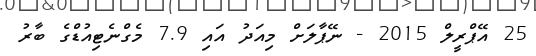
25 އޭޕްރީލް 2015 - ނޭޕާލަށް މިއަދު އައި 7.9 މެގްނެޓިއުޑްގެ ބާރު